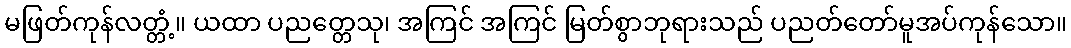
မဖြတ်ကုန်လတ္တံ့။ ယထာ ပညတ္တေသု၊ အကြင် အကြင် မြတ်စွာဘုရားသည် ပညတ်တော်မူအပ်ကုန်သော။